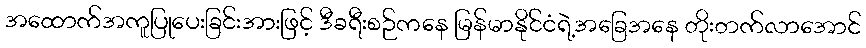
အထောက်အကူပြုပေးခြင်းအားဖြင့် ဒီခရီးစဉ်ကနေ မြန်မာနိုင်ငံရဲ့အခြေအနေ တိုးတက်လာအောင်